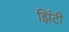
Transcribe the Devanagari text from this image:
झिंटी